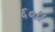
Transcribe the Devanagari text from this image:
६०।।